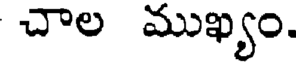
చాల ముఖ్యం.